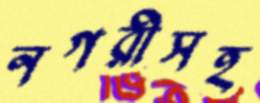
নগরীসহ